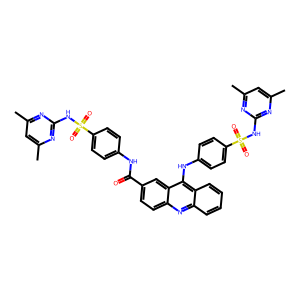
SMILES: Cc1cc(C)nc(NS(=O)(=O)c2ccc(NC(=O)c3ccc4nc5ccccc5c(Nc5ccc(S(=O)(=O)Nc6nc(C)cc(C)n6)cc5)c4c3)cc2)n1
Inhibits HIV replication: No